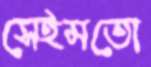
সেইমতো